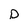
Character: p